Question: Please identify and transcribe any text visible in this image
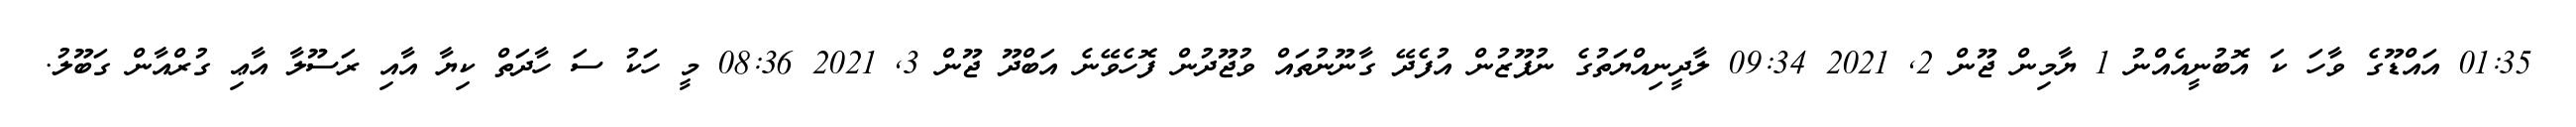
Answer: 01:35 އައްޑޫގެ ވާހަ ކަ އޮބުނީއެއްނު 1 ޔާމިން ޖޫން 2, 2021 09:34 ލާދީނިއްޔަތުގެ ނުފޫޒުން އުފެދޭ ގާނޫނުތައް ވުޖޫދުން ފޮހެވޭނެ އަބްދޫ ޖޫން 3, 2021 08:36 މީ ހަކު ސަ ހާދަތް ކިޔާ އާއި ރަސޫލާ އާޢި ގުރްއާން ގަބޫލު.